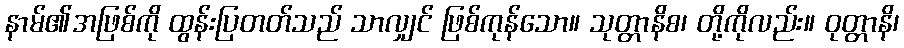
နာမ်၏အဖြစ်ကို ထွန်းပြတတ်သည် သာလျှင် ဖြစ်ကုန်သော။ သုတ္တာနိစ၊ တို့ကိုလည်း။ ဝုတ္တာနိ၊